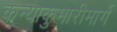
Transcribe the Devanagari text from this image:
कन्याकुमारीमार्गे